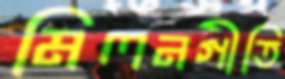
মিলনগীতি